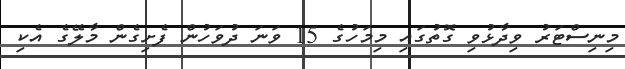
މިނިސްޓަރު ވިދާޅުވި ގޮތުގައި މިމަހުގެ 15 ވަނަ ދުވަހުން ފެށިގެން މާލޭގެ އެކި